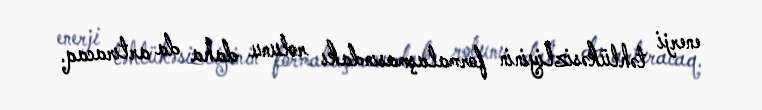
enerji təhlükəsizliyinin formalaşmasındakı rolunu daha da artıracaq.